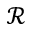
\mathscr { R }